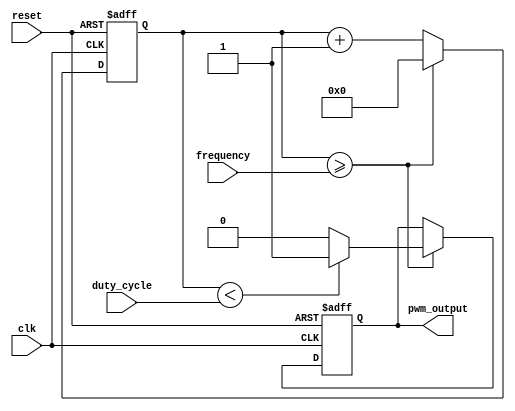
module pwm_generator (
    input wire clk,
    input wire reset,
    input wire [7:0] duty_cycle,
    input wire [15:0] frequency,
    output reg pwm_output
);

reg [15:0] count;

always @(posedge clk or posedge reset)
begin
    if (reset) begin
        count <= 16'b0;
        pwm_output <= 1'b0;
    end else begin
        if (count >= frequency) begin
            count <= 16'b0;
            pwm_output <= (count < duty_cycle) ? 1'b1 : 1'b0;
        end else begin
            count <= count + 1;
        end
    end
end

endmodule